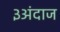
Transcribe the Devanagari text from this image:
३अंदाज